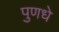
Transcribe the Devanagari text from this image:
पुणधे